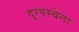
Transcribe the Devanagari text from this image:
दूरवस्थेला